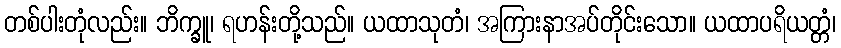
တစ်ပါးတုံလည်း။ ဘိက္ခူ၊ ရဟန်းတို့သည်။ ယထာသုတံ၊ အကြားနာအပ်တိုင်းသော။ ယထာပရိယတ္တံ၊